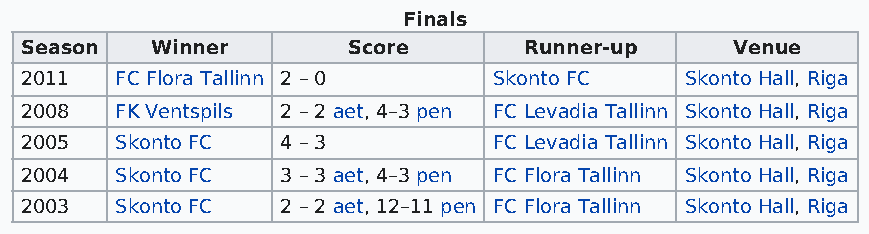
Finals
 Season   Winner       Score       Runner-up     Venue
 2011   FC Flora Tallinn 2 – 0   Skonto FC   Skonto Hall, Riga
 2008   FK Ventspils 2 – 2 aet, 4–3 pen FC Levadia Tallinn Skonto Hall, Riga
 2005   Skonto FC  4 – 3         FC Levadia Tallinn Skonto Hall, Riga
 2004   Skonto FC  3 – 3 aet, 4–3 pen FC Flora Tallinn Skonto Hall, Riga
 2003   Skonto FC  2 – 2 aet, 12–11 pen FC Flora Tallinn Skonto Hall, Riga